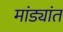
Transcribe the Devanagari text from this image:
मांड्यांत